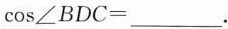
$$\cos\angle BDC=___$$.